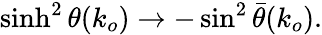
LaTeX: \sinh^{2}\theta(k_{o})\rightarrow-\sin^{2}\bar{\theta}(k_{o}).